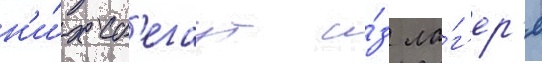
н'и́х сб'егаут и́з ла́г'ер'я